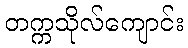
တက္ကသိုလ်ကျောင်း